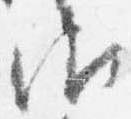
御